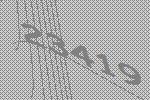
23419